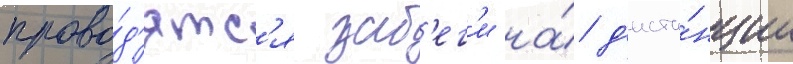
прово́д'ятс'я заб'ег'и на́ д'иста́нции